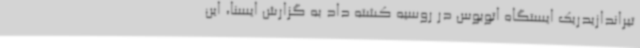
تیراندازیدریک ایستگاه اتوبوس در روسیه کشته داد به گزارش ایسنا، این